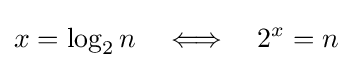
x=\log _{2}n\quad \Longleftrightarrow \quad 2^{x}=n